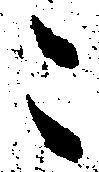
こ